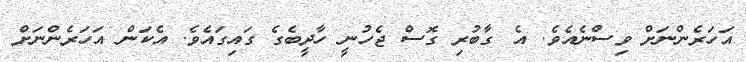
އަހަރެންނަށް ވިސްނެއެވެ. އެ ގާބުރި ގޮސް ޖެހުނީ ހާދީބެގެ ގައިގައެވެ. އެކަން އަހަރެންނަށް